Annual report of the Imperial Bacteriological Laboratory, Muktesar
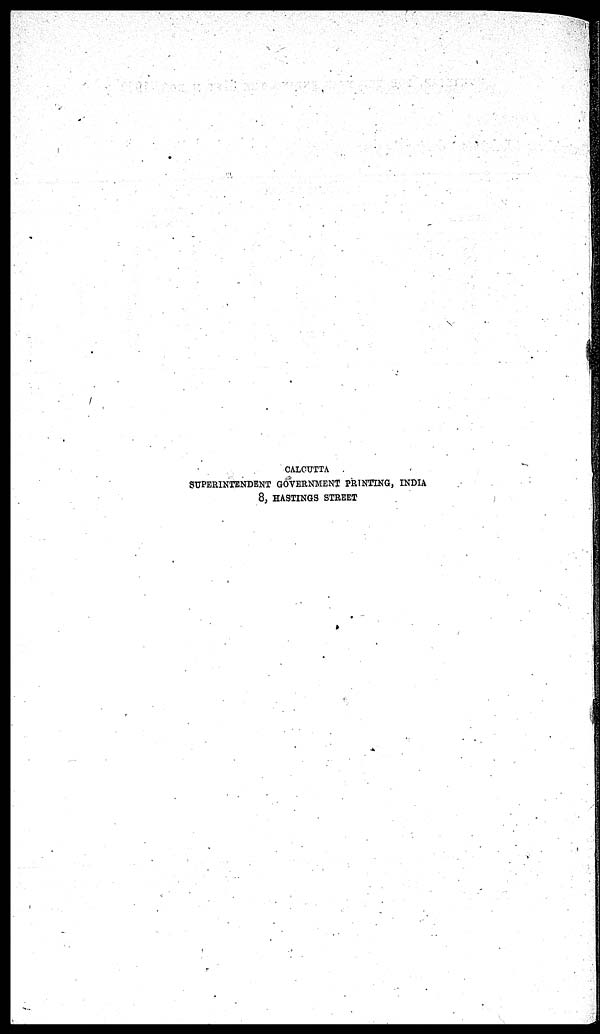
CALCUTTA
SUPERINTENDENT GOVERNMENT PRINTING, INDIA
8, HASTINGS STREET